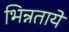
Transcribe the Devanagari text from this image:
भिन्नतायें